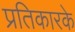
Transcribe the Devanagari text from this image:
प्रतिकारके